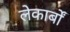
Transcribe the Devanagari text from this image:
लेकार्बों